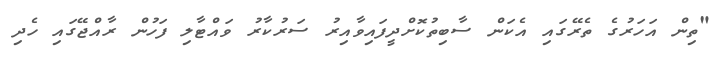
"ތިން އަހަރުގެ ތެރޭގައި އެކަން ސާބިތުކޮށްދީފައިވާއިރު ސަރުކާރު ވައްޓާލި ފަހުން ރާއްޖޭގައި ހެދި